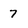
Character: 7